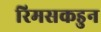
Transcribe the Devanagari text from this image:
रिमसकडुन